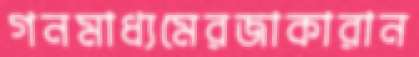
গনমাধ্যমেরজাকারান